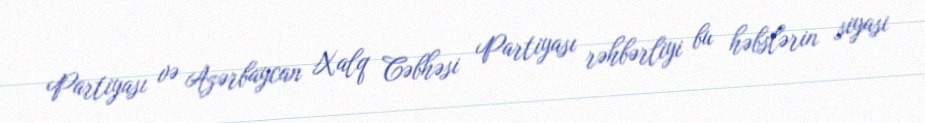
Partiyası və Azərbaycan Xalq Cəbhəsi Partiyası rəhbərliyi bu həbslərin siyasi